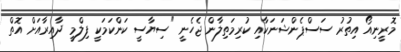
މޮރީނިއޯ އިތުރު ސަސްޕެންޝަނަކާއި ކުރިމަތިލާން ޖެހެނީ "ސިޔާސީ ކަންކަމަކީ ފިލްމީ ދާއިރާއަށް އޮތް